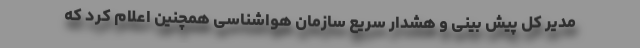
مدیر کل پیش بینی و هشدار سریع سازمان هواشناسی همچنین اعلام کرد که